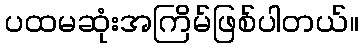
ပထမဆုံးအကြိမ်ဖြစ်ပါတယ်။